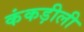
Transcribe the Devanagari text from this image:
कंकड़ीली